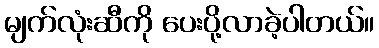
မျက်လုံးဆီကို ပေးပို့လာခဲ့ပါတယ်။